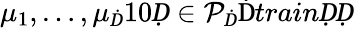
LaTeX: \mu_{1},\dots,\mu_{Ḋ}10Ḍ\in\mathcal P_{Ḋ}\mathrm{Ḋ}trainḌḌ